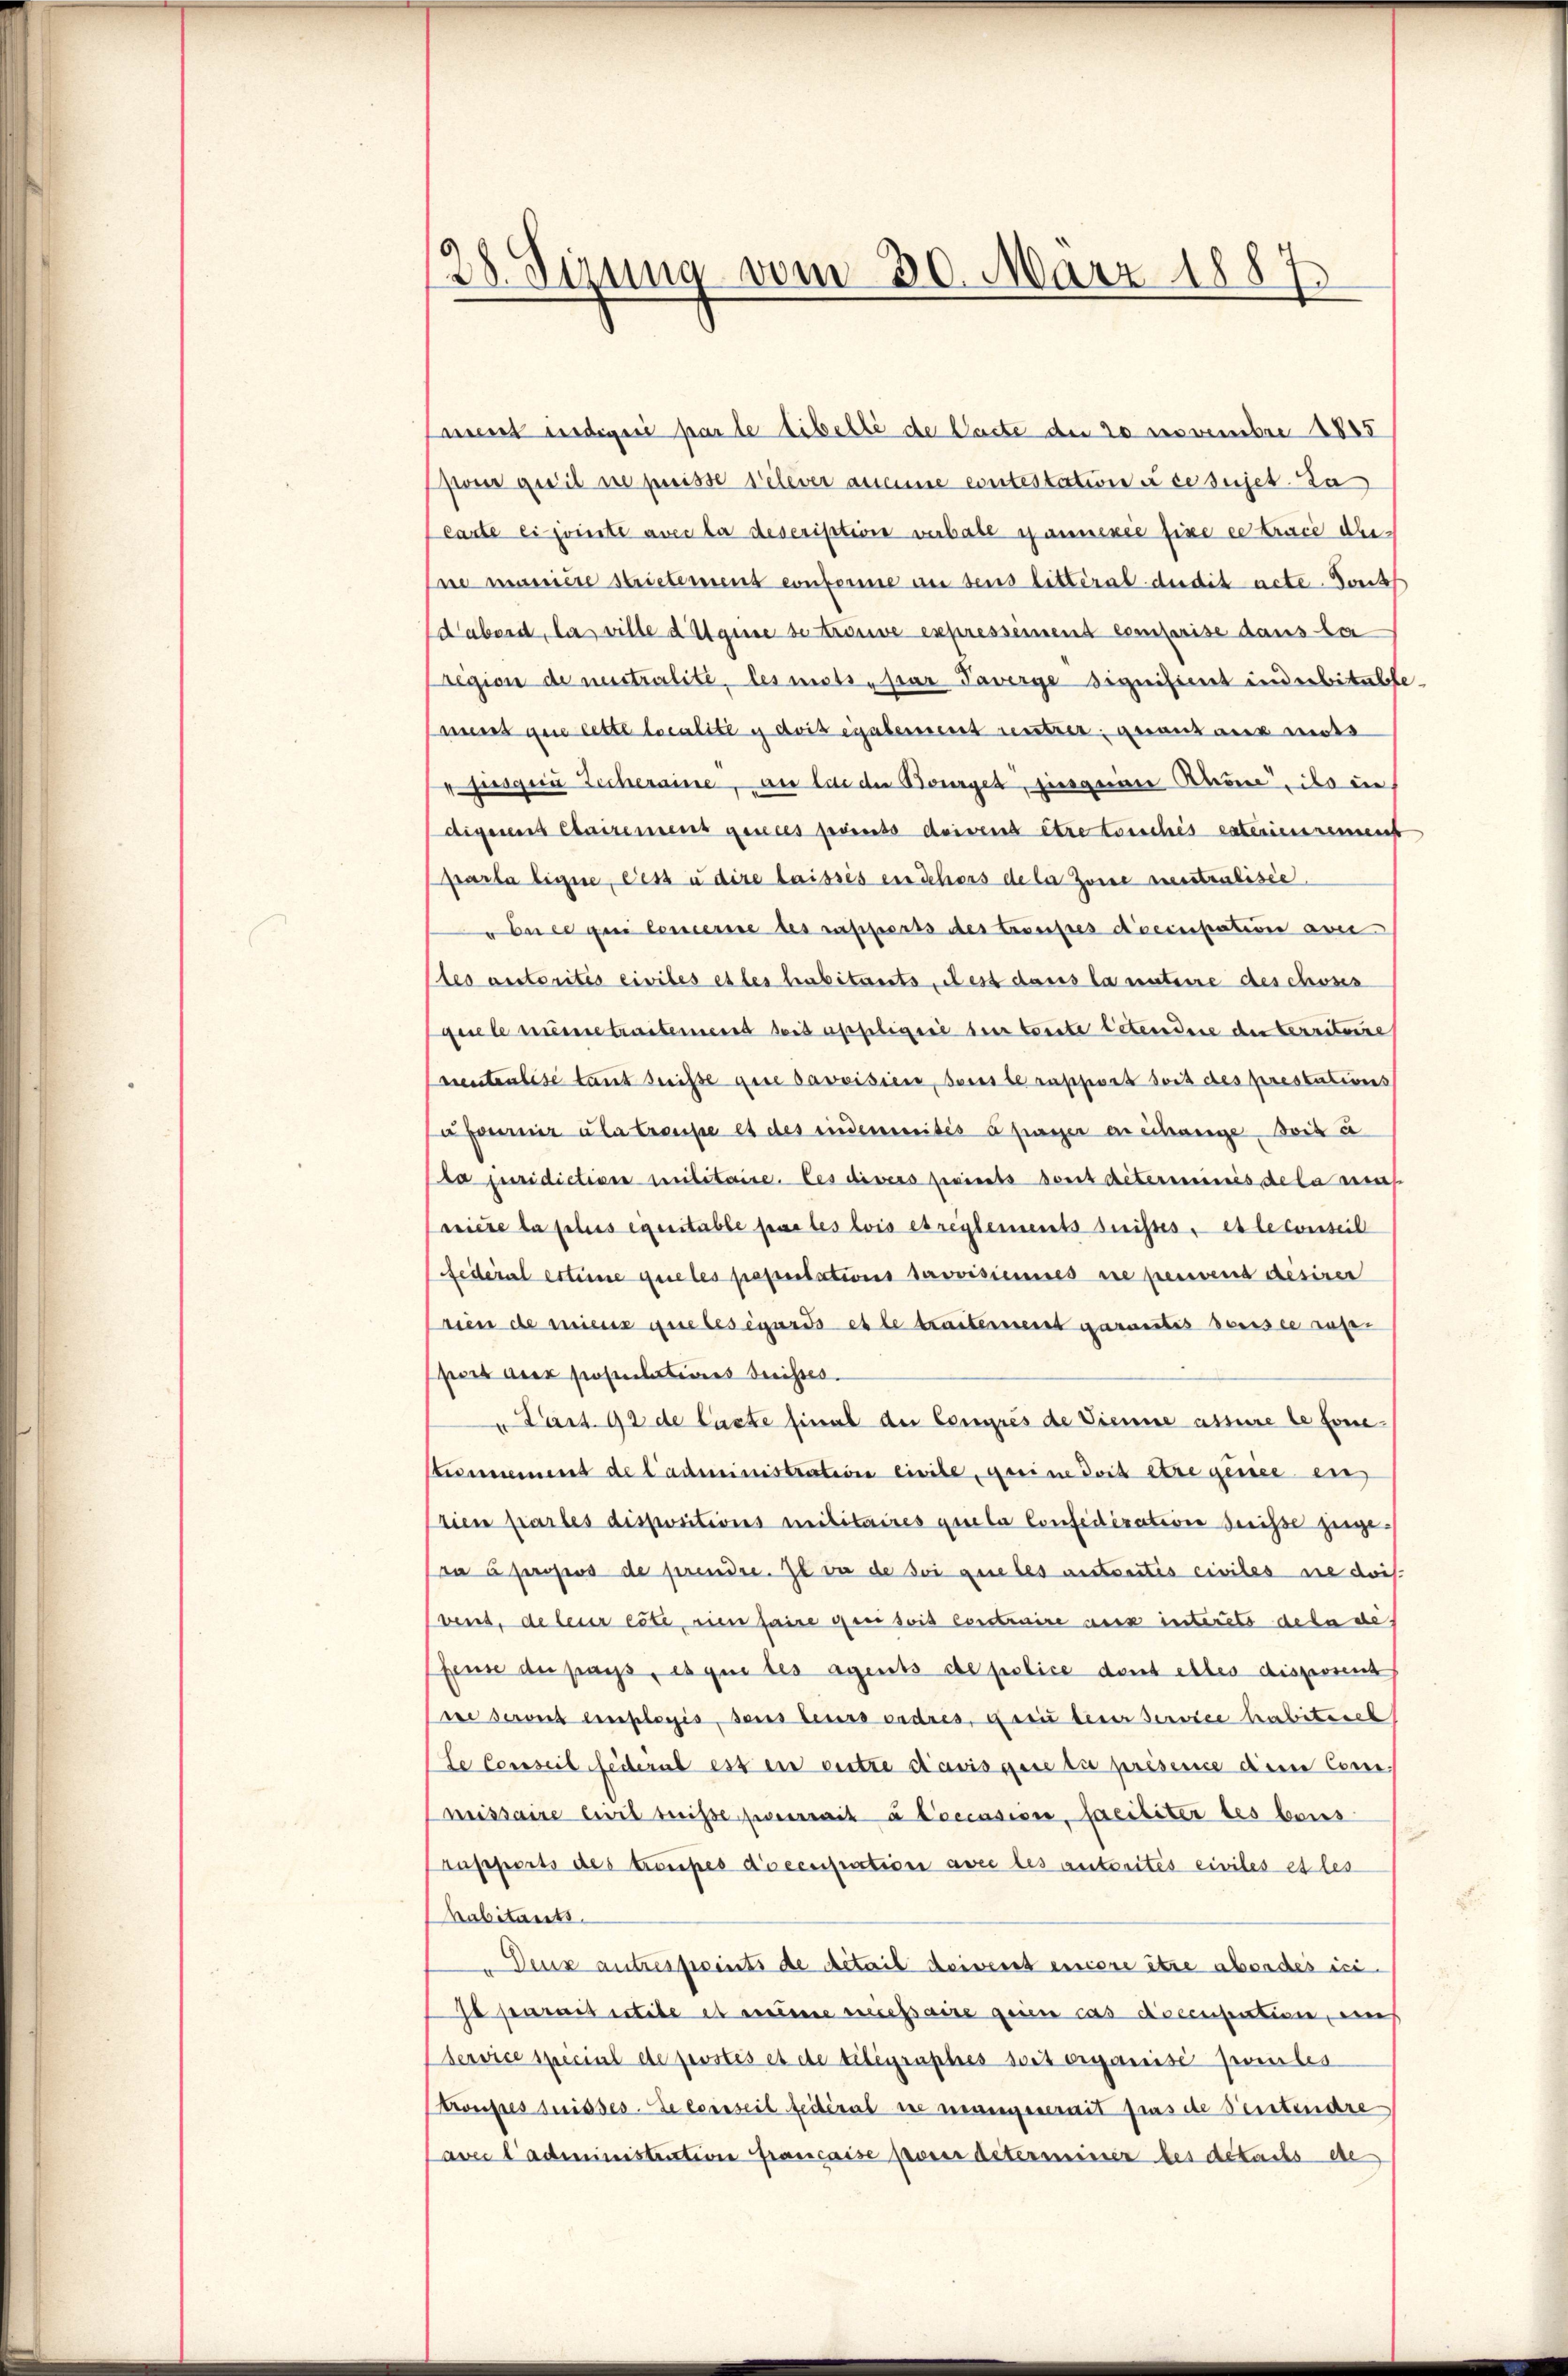
18. Sizung vom 30. März 1887

Camerat indigen par le tibelle de Carte der 20 Novembre 1885
pon qu’il ne preisse relever ansame contestation i ce sujet. Da
carte ei jointe avec la description verbale spannexie fixe extrace dies
ne manière Strictement conforme an dens litteral dedit acte. Sons
d’abord, las ville d Aquise se trouve expressement comprise dans la
Eigion de nestralité, les mots par Taverge Siquisiert inderbitalbemmes que lette localité y doit également restrer avantaus mots
jusgen Zecheraine, an lui der Bourget, jussgriin Chrone, so ein
digenen Clairement genies jederts doivent être touches exterien seien
parla ligne, ces u dire laisses in Schors de la Zone nesstralisie
bne qui concerne des rapports des treustes dreinpation ave
tes anstorités civiles et les habitants dest dans la unterre des choses
guele meine traitement sei esseliger hier toute Petendere der Corribuire
vientenlise tant dreise gere savoisier, Sores berassives doit des prestations
ufammer a la trausse et des indemnités à payer erschange doit à
La juridiction militaire. Les divers fixierts sont déterminis de la mas
Triese la plus equitable pas les lois et reglements seises, et le conseil
Federal estime que les pepertations savoisiannes ne pervens desirer
rien de mieux que les égards es le traitement garantis soussee rus-
port der populationes dreisses.
 Part. 92 de laste final der Congrés de Vienne assure le fonetevernement de l’administraterie liebe, meine doit être gensee ein
tien partes dispositions militaires quela Confidication dreise zugea 5 propos de prendre. Il vor de soi que les entseitis civiles sie doi
vens, de leur eiterien faire geei soit construire aus interes den des
feine der pass, es que les agents de police dont elles disposent
ire servit einplogis, sans leurs ordres, dei bener Service habiturel
te Conseil federat ess in ritte davis que die présence dem Commissaire Civil reise serait à l’occasion, faciliter des baues
rapports des traufes doccupation avec les autorités civiles et les
Habitants.
Deux autrespoints de Detail deiverst einere être aber des ci-
Je parait stile et meine niessaire geien cas doccupation, auch
(Service special de postés et de telegraphes soit erganisi zweites
Krousses dreisses-Telernseil feiteral se nebenenerait pas de Pentendre
Pavec l’administration francaise pour determiner des details eise